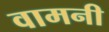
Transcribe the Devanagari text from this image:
वामनी